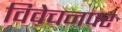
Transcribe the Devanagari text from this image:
विवेचनपर